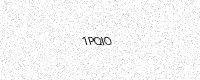
Text: 1PQIO